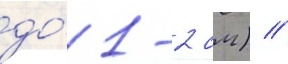
до́ 1-2 см) //